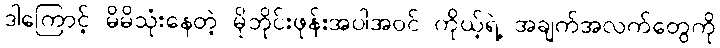
ဒါကြောင့် မိမိသုံးနေတဲ့ မိုဘိုင်းဖုန်းအပါအဝင် ကိုယ့်ရဲ့ အချက်အလက်တွေကို